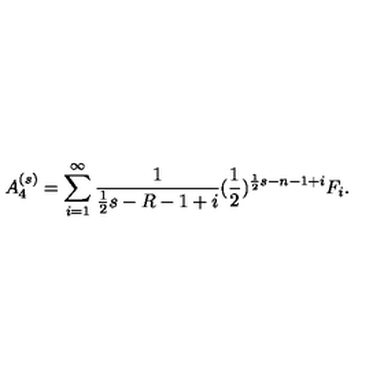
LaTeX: A _ { 4 } ^ { ( s ) } = \sum _ { i = 1 } ^ { \infty } \frac { 1 } { \frac { 1 } { 2 } s - R - 1 + i } ( \frac { 1 } { 2 } ) ^ { \frac { 1 } { 2 } s - n - 1 + i } F _ { i } .